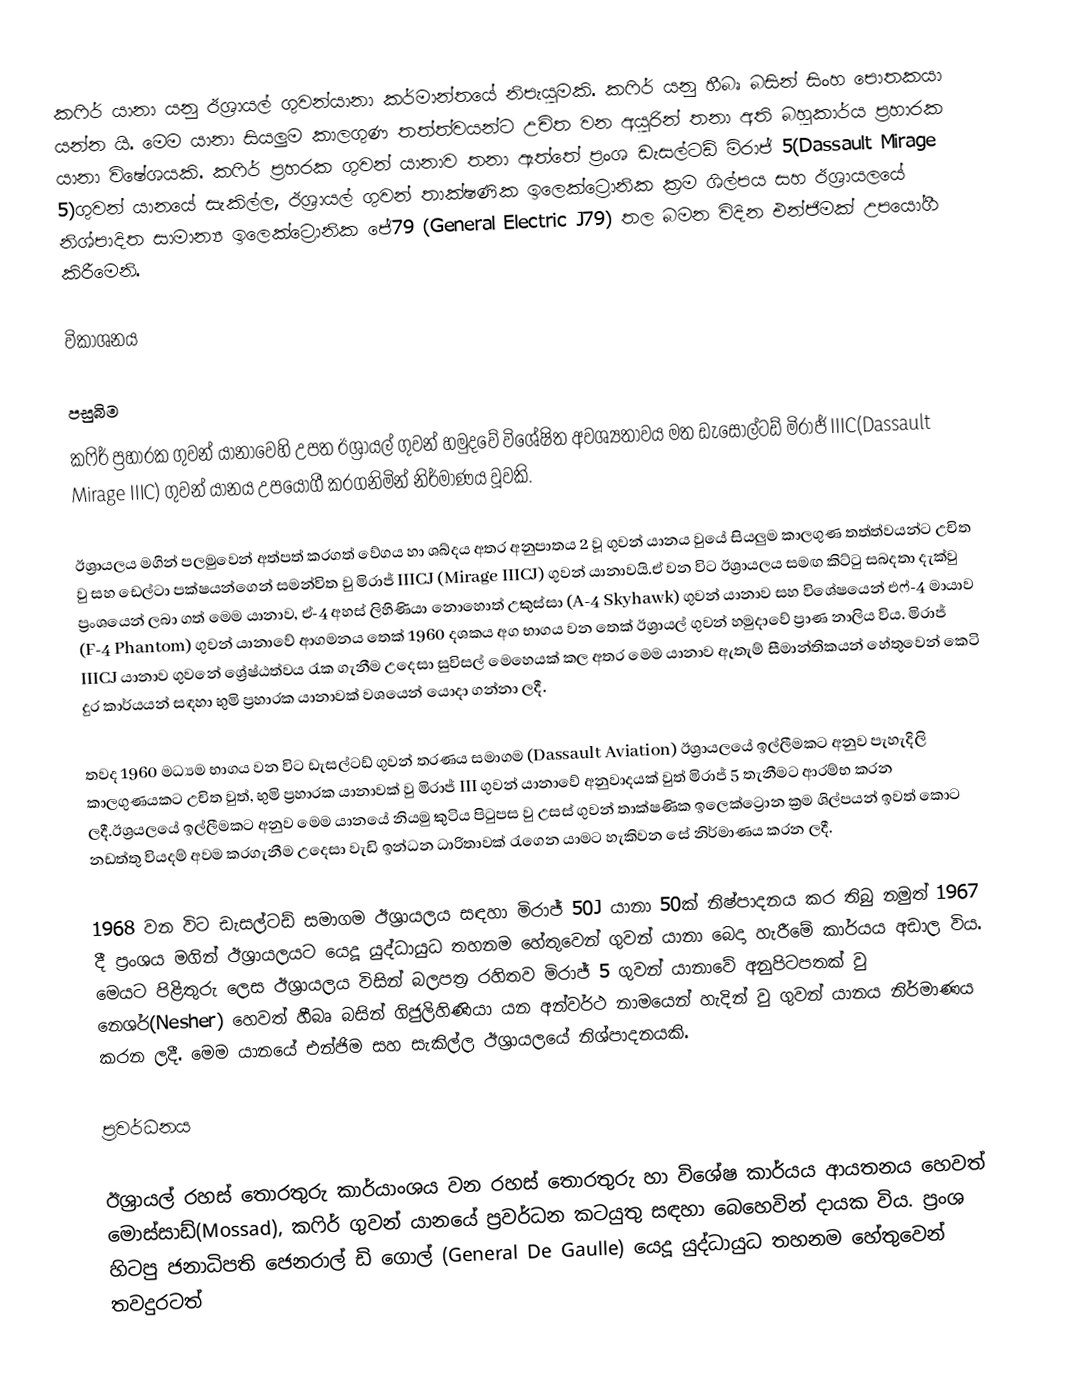
කෆිර් යානා යනු ඊශ්‍රායල් ගුවන්යානා කර්මාන්තයේ නිපැයුමකි. කෆිර් යනු හීබෘ බසින් සිංහ පොතකයා යන්න යි. මෙම යානා සියලුම කාලගුණ තත්ත්වයන්ට උචිත වන අයුරින් තනා අති බහුකාර්ය ප්‍රහාරක යානා විෂේශයකි. කෆිර් ප්‍රහරක ගුවන් යානාව තනා ඇත්තේ ප්‍රංශ ඩැසල්ටඩ් මිරාජ් 5(Dassault Mirage 5)ගුවන් යානයේ සැකිල්ල, ඊශ්‍රායල් ගුවන් තාක්ෂණික ඉලෙක්ට්‍රොනික ක්‍රම ශිල්පය සහ ඊශ්‍රායලයේ නිශ්පාදිත සාමාන්‍ය ඉලෙක්ට්‍රොනික ජේ79 (General Electric J79) තල බමන විදින එන්ජිමක් උපයෝගී කිරීමෙනි.

විකාශනය

පසුබිම
කෆිර් ප්‍රහාරක ගුවන් යානාවෙහි උපත ඊශ්‍රායල් ගුවන් හමුදවේ විශේෂිත අවශ්‍යතාවය මත ඩැසෝල්ටඩ් මිරාජ් IIIC(Dassault Mirage IIIC) ගුවන් යානය උපයෝගී කරගනිමින් නිර්මාණය වූවකි.

ඊශ්‍රායලය මගින් පලමුවෙන් අත්පත් කරගත් වේගය හා ශබ්දය අතර අනුපාතය 2 වූ ගුවන් යානය වුයේ සියලුම කාලගුණ තත්ත්වයන්ට උචිත වු සහ ඩෙල්ටා පක්ෂයන්ගෙන් සමන්විත වු මිරාජ් IIICJ (Mirage IIICJ) ගුවන් යානාවයි.ඒ වන විට ඊශ්‍රායලය සමඟ කිට්ටු සබදතා දැක්වු ප්‍රංශයෙන් ලබා ගත් මෙම යානාව, ඒ-4 අහස් ලිහිණියා නොහොත් උකුස්සා (A-4 Skyhawk) ගුවන් යානාව සහ විශේෂයෙන් එෆ්-4 මායාව (F-4 Phantom) ගුවන් යානාවේ ආගමනය තෙක් 1960 දශකය අග භාගය වන තෙක් ඊශ්‍රායල් ගුවන් හමුදාවේ ප්‍රාණ නාලිය විය. මිරාජ් IIICJ යානාව ගුවනේ ශ්‍රේෂ්ඨත්වය රැක ගැනීම උදෙසා සුවිසල් මෙහෙයක් කල අතර මෙම යානාව ඇතැම් සීමාන්තිකයන් හේතුවෙන් කෙටි දුර කාර්යයන් සඳහා භුමි ප්‍රහාරක යානාවක් වශයෙන් යොදා ගන්නා ලදී.

තවද 1960 මධ්‍යම භාගය වන විට ඩැසල්ටඩ් ගුවන් තරණය සමාගම (Dassault Aviation) ඊශ්‍රායලයේ ඉල්ලීමකට අනුව පැහැදිලි කාලගුණයකට උචිත වුත්, භුමි ප්‍රහාරක යානාවක් වු මිරාජ් III ගුවන් යානාවේ අනුවාදයක් වුත් මිරාජ් 5 තැනීමට ආරම්භ කරන ලදී.ඊශ්‍රයලයේ ඉල්ලීමකට අනුව මෙම යානයේ නියමු කුටිය පිටුපස වු උසස් ගුවන් තාක්ෂණික ඉලෙක්ට්‍රොන ක්‍රම ශිල්පයන් ඉවත් කොට නඩත්තු වියදම් අවම කරගැනීම උදෙසා වැඩි ඉන්ධන ධාරිතාවක් රැගෙන යාමට හැකිවන සේ නිර්මාණය කරන ලදී.

1968 වන විට ඩැසල්ටඩ් සමාගම ඊශ්‍රායලය සඳහා මිරාජ් 50J යානා 50ක් නිෂ්පාදනය කර තිබු නමුත් 1967 දී ප්‍රංශය මගින් ඊශ්‍රායලයට යෙදූ යුද්ධායුධ තහනම හේතුවෙන් ගුවන් යානා බෙදා හැරීමේ කාර්යය අඩාල විය. මෙයට පිළිතුරු ලෙස ඊශ්‍රායලය විසින් බලපත්‍ර රහිතව මිරාජ් 5 ගුවන් යානාවේ අනුපිටපතක් වු නෙශර්(Nesher) හෙවත් හීබෘ බසින් ගිජුලිහිණියා යන අන්වර්ථ නාමයෙන් හැදින් වු ගුවන් යානය නිර්මාණය කරන ලදී. මෙම යානයේ එන්ජිම සහ සැකිල්ල ඊශ්‍රායලයේ නිශ්පාදනයකි.

ප්‍රවර්ධනය

ඊශ්‍රායල් රහස් තොරතුරු කාර්යාංශය වන රහස් තොරතුරු හා විශේෂ කාර්යය ආයතනය හෙවත් මොස්සාඩ්(Mossad), කෆිර් ගුවන් යානයේ ප්‍රවර්ධන කටයුතු සඳහා බෙහෙවින් දායක විය. ප්‍රංශ හිටපු ජනාධිපති ජෙනරාල් ඩි ගොල් (General De Gaulle) යෙදූ යුද්ධායුධ තහනම හේතුවෙන් තවදුරටත්